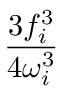
\frac { 3 f _ { i } ^ { 3 } } { 4 \omega _ { i } ^ { 3 } }